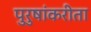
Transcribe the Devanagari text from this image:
पुरुषांकरीता